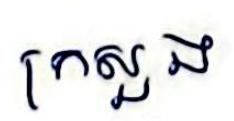
ក្រសួង